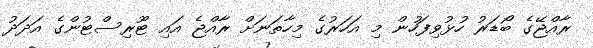
ރާއްޖޭގެ ބޯޑަރު ހުޅުވިފަހުން މި އަހަރުގެ މިހާތަނަށް ރާއްޖެ އައި ޓޫރިސްޓުންގެ އަދަދު